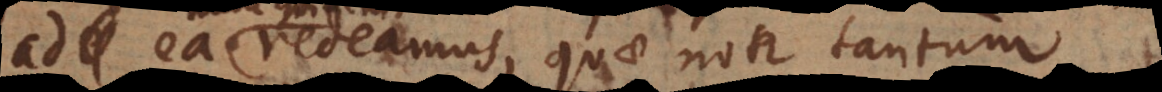
ad ea redeamus, quae non tantum